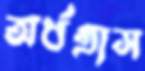
অর্ধগ্রাস